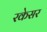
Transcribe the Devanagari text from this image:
रकेसर